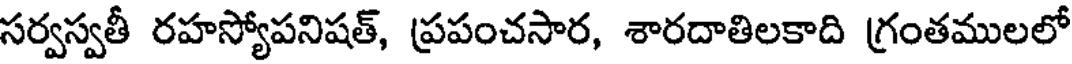
సర్వస్వతీ రహస్యోపనిషత్, ప్రపంచసార, శారదాతిలకాది గ్రంతములలో